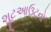
શૂટઆઉટનો